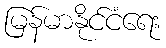
မြန်မာနိုင်ငံရေး